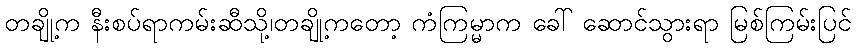
တချို့က နီးစပ်ရာကမ်းဆီသို့၊တချို့ကတော့ ကံကြမ္မာက ခေါ် ဆောင်သွားရာ မြစ်ကြမ်းပြင်